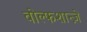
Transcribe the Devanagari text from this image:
वोल्फशान्ज़े